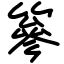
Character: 篸